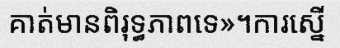
គាត់មានពិរុទ្ធភាពទេ»។ការស្នើ